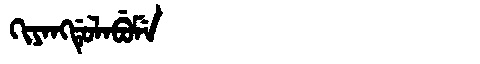
Manchu: ᡴᡳᠶᠠᠩᡩᡠᠯᠠᠪᡠᠮᡝ
Romanization: KIYANGDULABUME